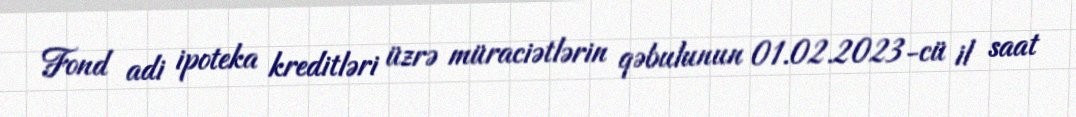
Fond adi ipoteka kreditləri üzrə müraciətlərin qəbulunun 01.02.2023-cü il saat